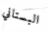
البستاني